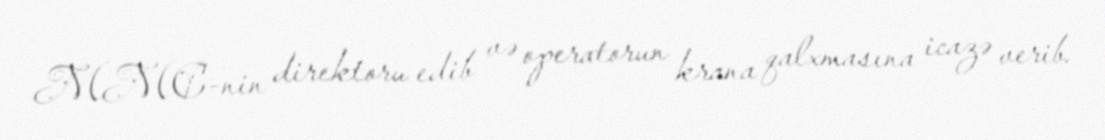
MMC-nin direktoru edib və operatorun krana qalxmasına icazə verib.